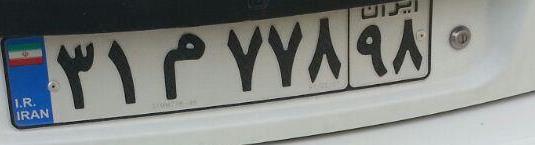
۳۱م۷۷۸۹۸